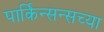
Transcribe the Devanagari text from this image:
पार्किन्सन्सच्या